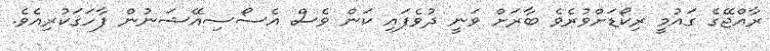
ރާއްޖޭގެ ގައުމީ ރިކޯޑަށްވުރެވެ ބާރަށް ވަނީ ދުވެފައި ކަން ވެސް އެސޯސިއޭޝަނުން ފާހަގަކުރިއެވެ.